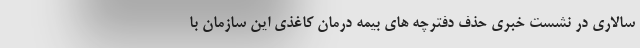
سالاری در نشست خبری حذف دفترچه های بیمه درمان کاغذی این سازمان با